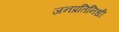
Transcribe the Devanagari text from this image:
जनप्रतिनिधी